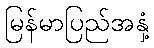
မြန်မာပြည်အနှံ့